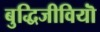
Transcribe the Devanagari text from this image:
बुद्धिजीवियॊं